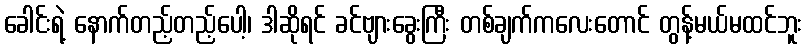
ခေါင်းရဲ့ နောက်တည့်တည့်ပေါ့၊ ဒါဆိုရင် ခင်ဗျားခွေးကြီး တစ်ချက်ကလေးတောင် တွန့်မယ်မထင်ဘူး